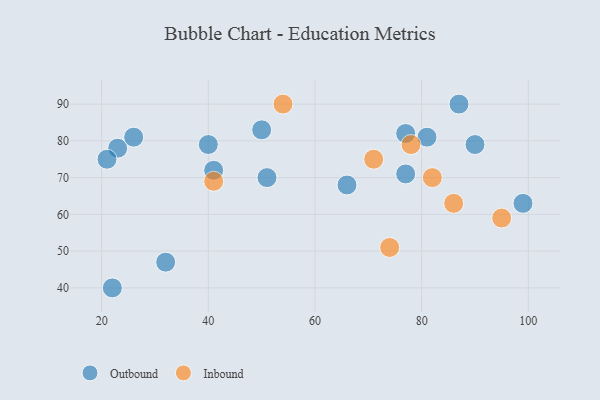
{"axis": {"x": "GDP", "y": "Life Expectancy"}, "legend": ["Inbound", "Outbound"], "data": [{"x": "23", "y": 78, "type": "Outbound"}, {"x": "99", "y": 63, "type": "Outbound"}, {"x": "50", "y": 83, "type": "Outbound"}, {"x": "26", "y": 81, "type": "Outbound"}, {"x": "77", "y": 71, "type": "Outbound"}, {"x": "87", "y": 90, "type": "Outbound"}, {"x": "51", "y": 70, "type": "Outbound"}, {"x": "40", "y": 79, "type": "Outbound"}, {"x": "66", "y": 68, "type": "Outbound"}, {"x": "90", "y": 79, "type": "Outbound"}, {"x": "21", "y": 75, "type": "Outbound"}, {"x": "32", "y": 47, "type": "Outbound"}, {"x": "41", "y": 72, "type": "Outbound"}, {"x": "22", "y": 40, "type": "Outbound"}, {"x": "81", "y": 81, "type": "Outbound"}, {"x": "77", "y": 82, "type": "Outbound"}, {"x": "71", "y": 75, "type": "Inbound"}, {"x": "95", "y": 59, "type": "Inbound"}, {"x": "74", "y": 51, "type": "Inbound"}, {"x": "41", "y": 69, "type": "Inbound"}, {"x": "86", "y": 63, "type": "Inbound"}, {"x": "82", "y": 70, "type": "Inbound"}, {"x": "78", "y": 79, "type": "Inbound"}, {"x": "54", "y": 90, "type": "Inbound"}]}